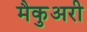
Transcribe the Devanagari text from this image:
मैकुअरी